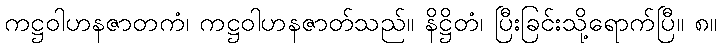
ကဋ္ဌဝါဟနဇာတကံ၊ ကဋ္ဌဝါဟနဇာတ်သည်။ နိဋ္ဌိတံ၊ ပြီးခြင်းသို့ရောက်ပြီ။ ၈။